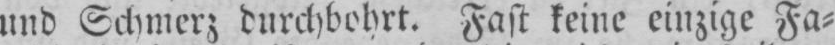
und Schmerz durchbohrt. Fast keine einzige Fa⸗